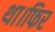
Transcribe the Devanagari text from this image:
था।फिर